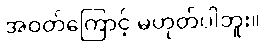
အဝတ်ကြောင့် မဟုတ်ပါဘူး။